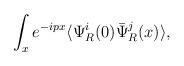
\begin{align*}\int_x e^{-ipx}\langle\Psi^i_R(0)\bar\Psi^j_R(x)\rangle,\end{align*}